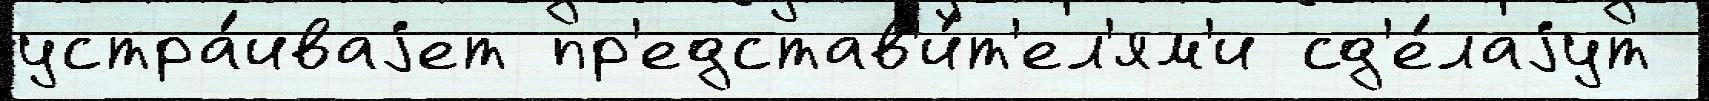
устра́иваjет пр'едстав'и́т'ел'ям'и сд'е́лаjут